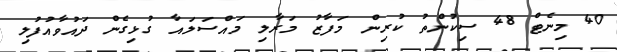
40 މިނެޓް 48 ސިކުންތު ކުރިން މަފާޒު މަރާލި މައްސަލައާ ގުޅިގެން ދައުވާއުފުލި